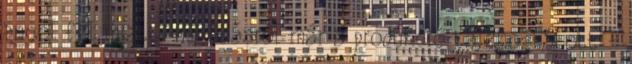
angol fél miatti húzódásról már a produkció tájékoztatott -